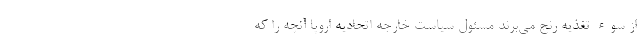
از سوء تغذیه رنج می‌برند مسئول سیاست خارجه اتحادیه اروپا آنچه را که